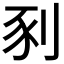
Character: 𫦀